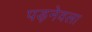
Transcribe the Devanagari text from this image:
पड़नेवला